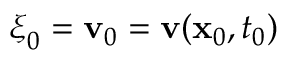
{ \boldsymbol \xi } _ { 0 } = { \mathbf v } _ { 0 } = { \mathbf v } ( { \mathbf x } _ { 0 } , t _ { 0 } )